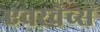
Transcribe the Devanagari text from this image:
एवरवेव्स